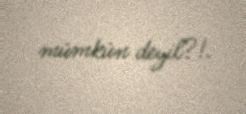
mümkün deyil?!.